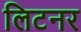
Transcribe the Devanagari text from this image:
लिटनर